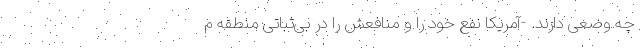
چه وضعی دارند. -آمریکا نفع خود را و منافعش را در بی‌ثباتی منطقه م